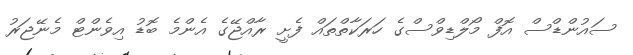
ސައުންޑްސް އޮފް މޯލްޑިވްސްގެ ހަރަކާތްތައް ފެށީ ރާއްޖޭގެ އެންމެ ބޮޑު އިވެންޓް މެނޭޖަރު